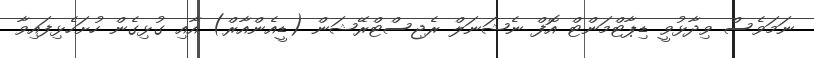
ނަމަވެސް ވިދާޅުވީ ޑިޕާޓްމަންޓް އޮފް ނެޝަނަލް ރެޖިސްޓްރޭޝަން (ޑީއެންއާރް) އާއި ގުޅިގެން ހުށަހެޅިފައިވާ